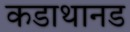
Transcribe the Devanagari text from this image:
कडाथानड